Lock hospitals Punjab
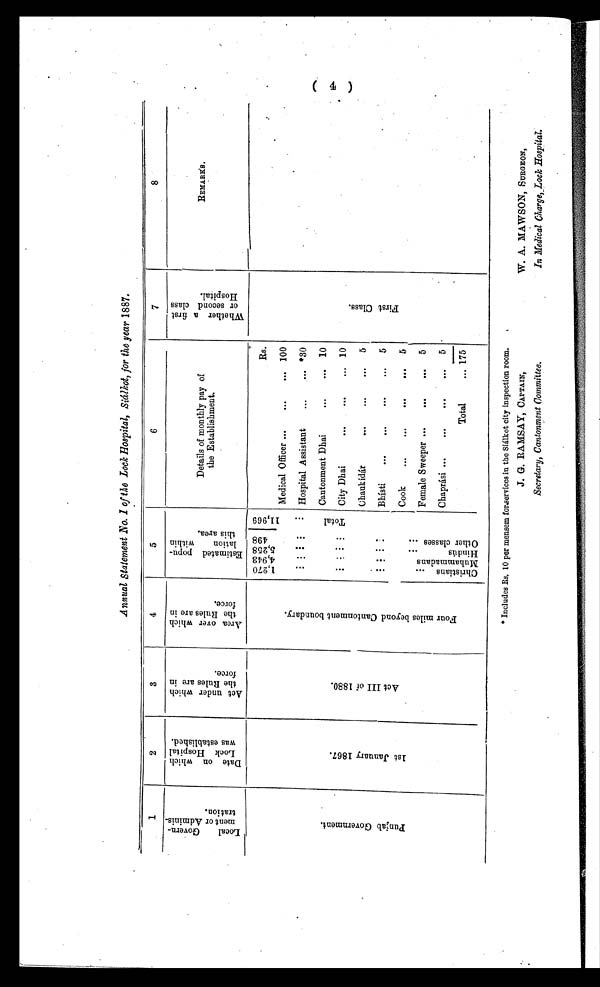
Annual Statement .No. 1 of the Lock Hospital, Siálkot, for the year 1887.
1
2
3
4
5
6
7
8
L o c a l G o v e r n -
m e n t o r A d m i n i s -
t r a t i o n .
D a t e o n w h i c h
L o c k Ho s p i t a l
wa s e s t a b l i s h e d .
A c t u n d e r w h i c h
t h e R u l e s a r e i n
f o r c e .
A r e a o v e r w h i c h
t h e R u l e s a r e i n
f o r c e .
E s t i m a t e d p o p u -
l a t i o n w i t h i n
t h i s a r e a .
Details
of monthly pay of
the Establishment.
W h e t h e r a f i r s t
o r s e c o n d c l a s s
H o s p i t a l .
REMARKS.
P u n j a b G o v e r n m e n t .
1 s t J a n u a r y 1 8 6 7 . A c t I I I o f 1 8 8 0 .
F o u r m i l e s b e y o n d C a n t o n m e n t b o u n d a r y .
1 , 2 7 0 4 , 9 4 3 5 , 2 5 8 4 9 8
1 1 , 9 6 9
Rs.
F i r s t C l a s s .
Medical Officer
100
C h r i s t i a n s
M u h a m m a d a n s
H i n d ú s O t h e r c l a s s e s
T o t a l Hospital Assistant
*30
Cantonment Dhai
10
City Dhai
10
Chaukidár
5
Bhísti
5
Cook
5
Female Sweeper
5
Chaprási
5
Total
175
*Includes Rs. 10 per mensem for services in the Siálkot city inspection room.
(4)
J. G. RAMSAY, CAPTAIN,
Secretary, Cantonment Committee.
W. A. MAWSON, SURGEON,
In Medical Charge, Lock Hospital.